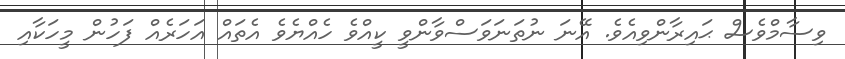
ވިސާމްވެސް ޙައިރާންވިއެވެ. އޭނަ ނުތަނަވަސްވާންވީ ކީއްވެ ހެއްޔެވެ އެތައް އަހަރެއް ފަހުން މީހަކާއި